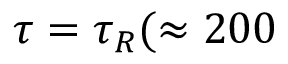
\tau = \tau _ { R } ( \approx 2 0 0